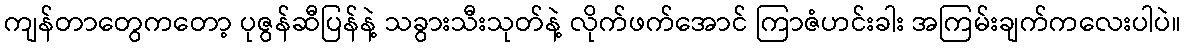
ကျန်တာတွေကတော့ ပုဇွန်ဆီပြန်နဲ့ သခွားသီးသုတ်နဲ့ လိုက်ဖက်အောင် ကြာဇံဟင်းခါး အကြမ်းချက်ကလေးပါပဲ။